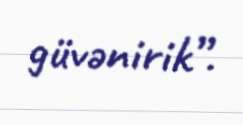
güvənirik”.